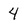
Character: 4